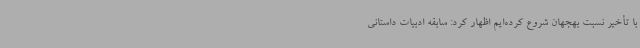
با تأخیر نسبت بهجهان شروع کرده‌ایم اظهار کرد: سابقه ادبیات داستانی